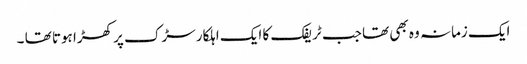
ایک زمانہ وہ بھی تھا جب ٹریفک کا ایک اہلکار سڑک پر کھڑا ہوتا تھا ۔